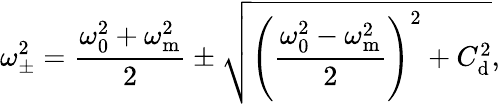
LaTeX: \omega_{\pm}^{2}=\frac{\omega_{\mathrm{0}}^{2}+\omega_{\mathrm{m}}^{2}}{2}\pm\sqrt{\left(\frac{\omega_{\mathrm{0}}^{2}-\omega_{\mathrm{m}}^{2}}{2}\right)^{2}+C_{\mathrm{d}}^{2}},